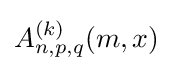
A_{n,p,q}^{(k)}(m,x)